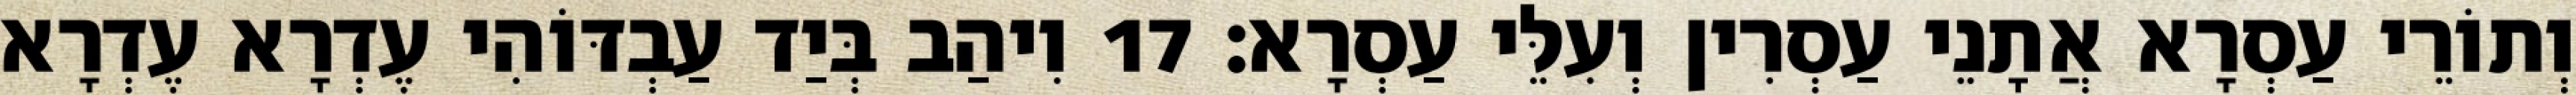
וְתוֹרֵי עַסְרָא אֲתָנֵי עַסְרִין וְעִלֵּי עַסְרָא׃ 17 וִיהַב בְּיַד עַבְדּוֹהִי עֶדְרָא עֶדְרָא